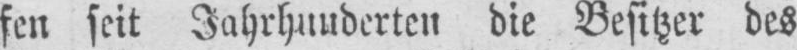
die Besitzer des